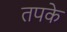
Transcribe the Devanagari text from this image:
तपके